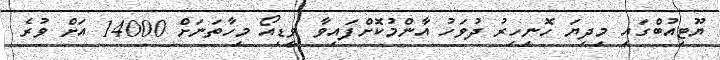
ޔޫޓިއުބްގައި މިދިޔަ ހޮނިހިރު ދުވަހު އާންމުކޮށްފައިވާ ވީޑިއޯ މިހާތަނަށް 14000 އަށް ވުރެ